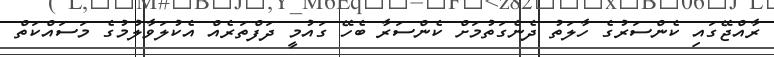
ރާއްޖޭގައި ކެންސަރުގެ ހާލަތު ދެނެގަތުމަށް ކެންސަރާ ބެހޭ ގައުމީ ދަފްތަރެއް އެކުލަވާލުމުގެ މަސައްކަތް